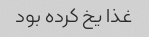
غذا یخ کرده بود